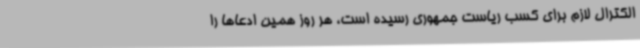
الکترال لازم برای کسب ریاست جمهوری رسیده است، هر روز همین ادعاها را